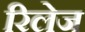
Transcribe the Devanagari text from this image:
रिलेज